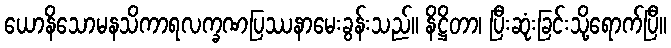
ယောနိသောမနသိကာရလက္ခဏပြဿနာမေးခွန်းသည်။ နိဋ္ဌိတာ၊ ပြီးဆုံးခြင်းသို့ရောက်ပြီ။